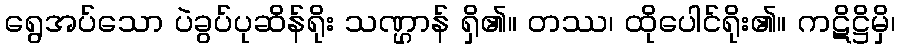
ရွေအပ်သော ပဲခွပ်ပုဆိန်ရိုး သဏ္ဌာန် ရှိ၏။ တဿ၊ ထိုပေါင်ရိုး၏။ ကဋိဋ္ဌိမှိ၊